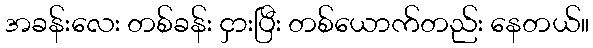
အခန်းလေး တစ်ခန်း ငှားပြီး တစ်ယောက်တည်း နေတယ်။